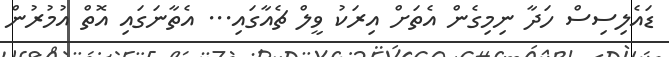
ޑައެލިސިސް ހަދާ ނިމިގެން އެތަށް އިރަކު ވީލް ޗެއާގައި... އެތާނަގައި އޮތް އުމުރުން